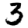
Digit: 3